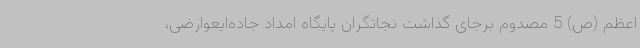
اعظم (ص) 5 مصدوم برجای گذاشت نجاتگران پایگاه امداد جاده‌ایعوارضی،